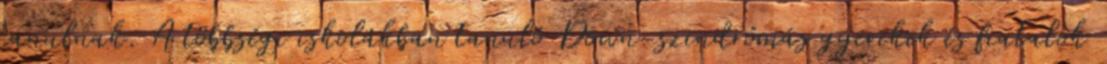
tanulnak. A többségi iskolákban tanuló Down-szindrómás gyerekek és fiatalok